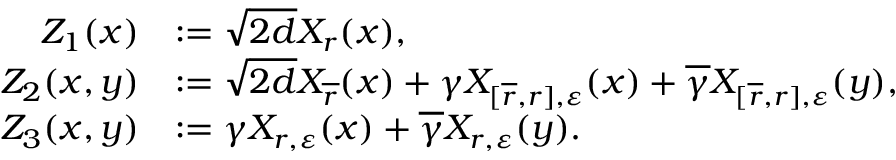
\begin{array} { r l } { Z _ { 1 } ( x ) } & { : = \sqrt { 2 d } X _ { r } ( x ) , } \\ { Z _ { 2 } ( x , y ) } & { : = \sqrt { 2 d } X _ { \overline { r } } ( x ) + \gamma X _ { [ \overline { r } , r ] , \varepsilon } ( x ) + \overline { \gamma } X _ { [ \overline { r } , r ] , \varepsilon } ( y ) , } \\ { Z _ { 3 } ( x , y ) } & { : = \gamma X _ { r , \varepsilon } ( x ) + \overline { \gamma } X _ { r , \varepsilon } ( y ) . } \end{array}